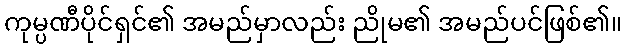
ကုမ္ပဏီပိုင်ရှင်၏ အမည်မှာလည်း ညိုမ၏ အမည်ပင်ဖြစ်၏။